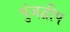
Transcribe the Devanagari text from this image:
पुंजद्वीप